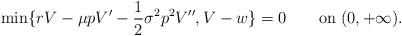
LaTeX: \begin{align*}\min\{rV-\mu p V'-\frac{1}{2}\sigma^2p^2V'',V-w\}=0\qquad{\rm on}\; (0,+\infty).\end{align*}